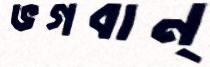
ভগবান্‌